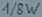
Text: 1/8W